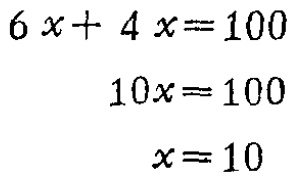
\[
\begin{align*}
6x + 4x&=100\\
10x&=100\\
x&=10
\end{align*}
\]